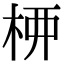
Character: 𫞉